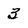
Character: 3